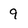
Character: 9